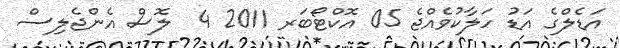
އަޑެލްގެ އަޑު ހަލާކުވެއްޖެ 05 އޮކްޓޯބަރ 2011 4  ލޮސް އެންޖެލިސް